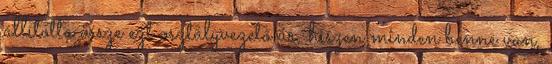
állította össze ezt osztályvezető úr, hiszen minden benne van,